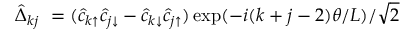
\hat { \Delta } _ { k j } \ = ( \hat { c } _ { k \uparrow } \hat { c } _ { j \downarrow } - \hat { c } _ { k \downarrow } \hat { c } _ { j \uparrow } ) \exp ( - i ( k + j - 2 ) \theta / L ) / \sqrt { 2 }